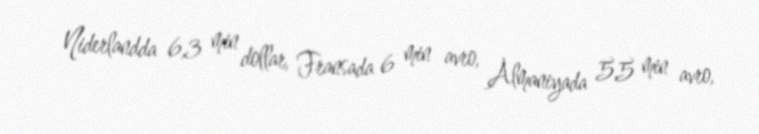
Niderlandda 6,3 min dollar, Fransada 6 min avro, Almaniyada 5,5 min avro,